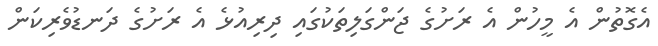
އެގޮތުން އެ މީހުން އެ ރަށުގެ ޖަންގަލިތަކުގައި ދިރިއުޅެ އެ ރަށުގެ ދަނޑުވެރިކަން